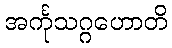
အင်္ကုသဂ္ဂဟောတိ